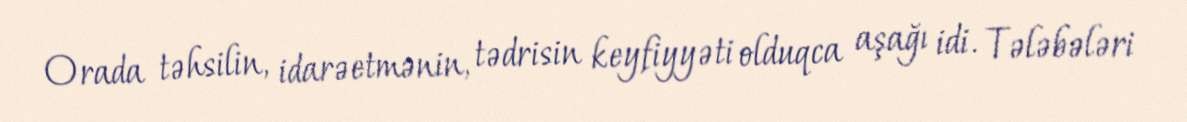
Orada təhsilin, idarəetmənin, tədrisin keyfiyyəti olduqca aşağı idi. Tələbələri